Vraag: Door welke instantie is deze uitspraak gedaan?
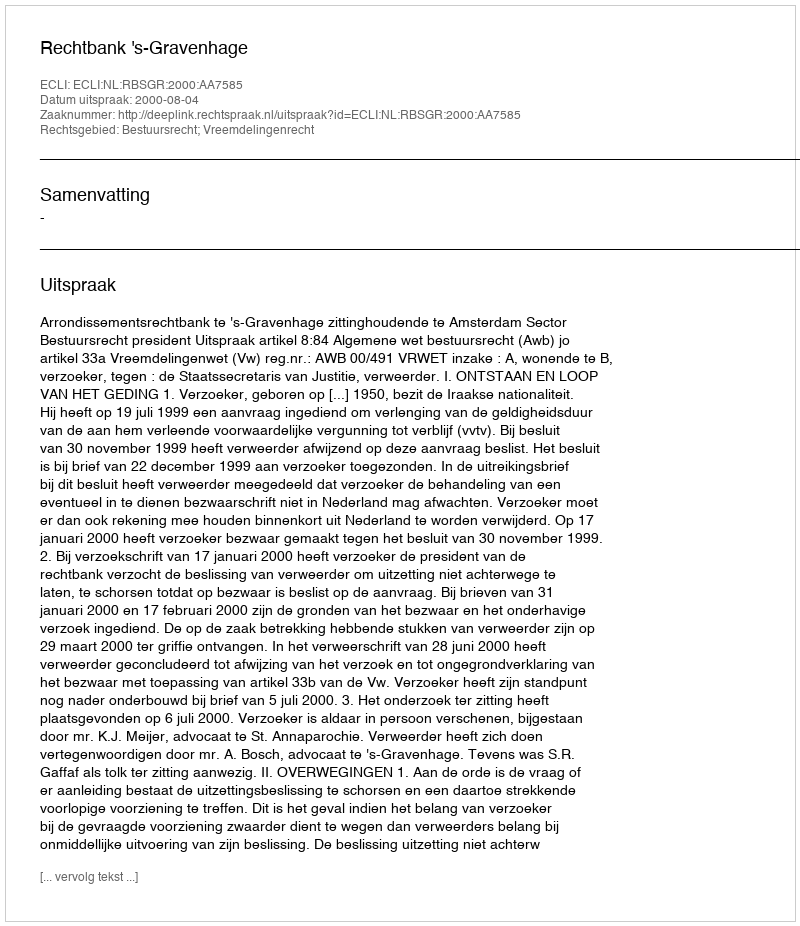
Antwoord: Rechtbank 's-Gravenhage